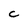
Character: C